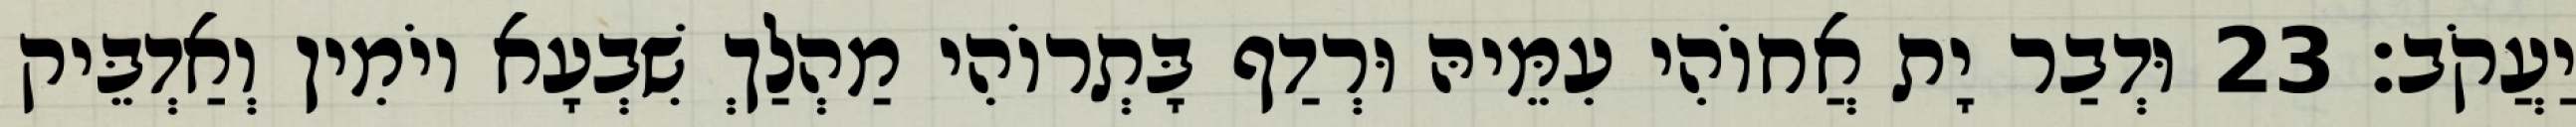
יַעֲקֹב׃ 23 וּדְבַר יָת אֲחוֹהִי עִמֵּיהּ וּרְדַף בָּתְרוֹהִי מַהְלַךְ שִׁבְעָא יוֹמִין וְאַדְבֵּיק